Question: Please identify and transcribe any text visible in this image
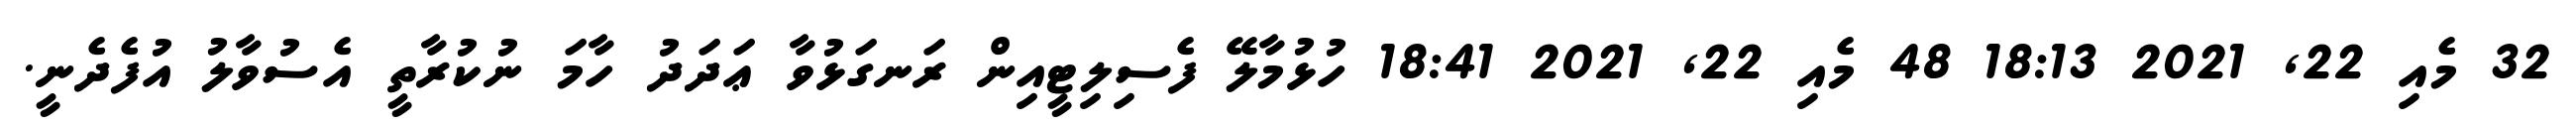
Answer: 32 މެއި 22, 2021 18:13 48 މެއި 22, 2021 18:41 ހުޅުމާލޭ ފެސިލިޓީއިން ރަނގަޅުވާ ޢަދަދު ހާމަ ނުކުރާތީ އެސުވާލު އުފެދެނީ.